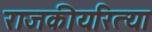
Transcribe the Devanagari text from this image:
राजकीयरित्या